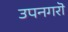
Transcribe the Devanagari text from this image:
उपनगरॊ